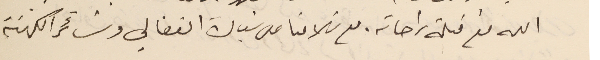
الله مع قبلة راحاته. مع سَلامنا على سَيادة الفغالي وسَائر الكهنة